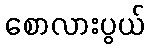
စောလားပွယ်